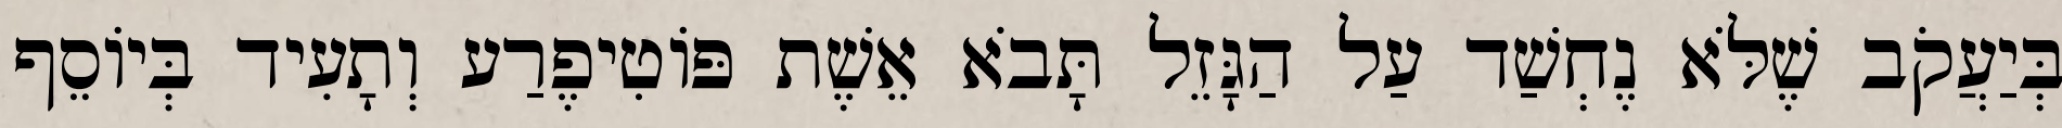
בְּיַעֲקֹב שֶׁלֹּא נֶחְשַׁד עַל הַגָּזֵל תָּבֹא אֵשֶׁת פּוֹטִיפֶרַע וְתָעִיד בְּיוֹסֵף